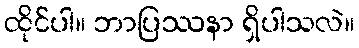
ထိုင်ပါ။ ဘာပြဿနာ ရှိပါသလဲ။